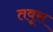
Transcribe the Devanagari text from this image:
तवूस